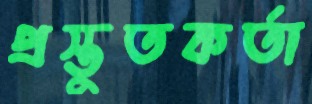
প্রস্তুতকর্তা